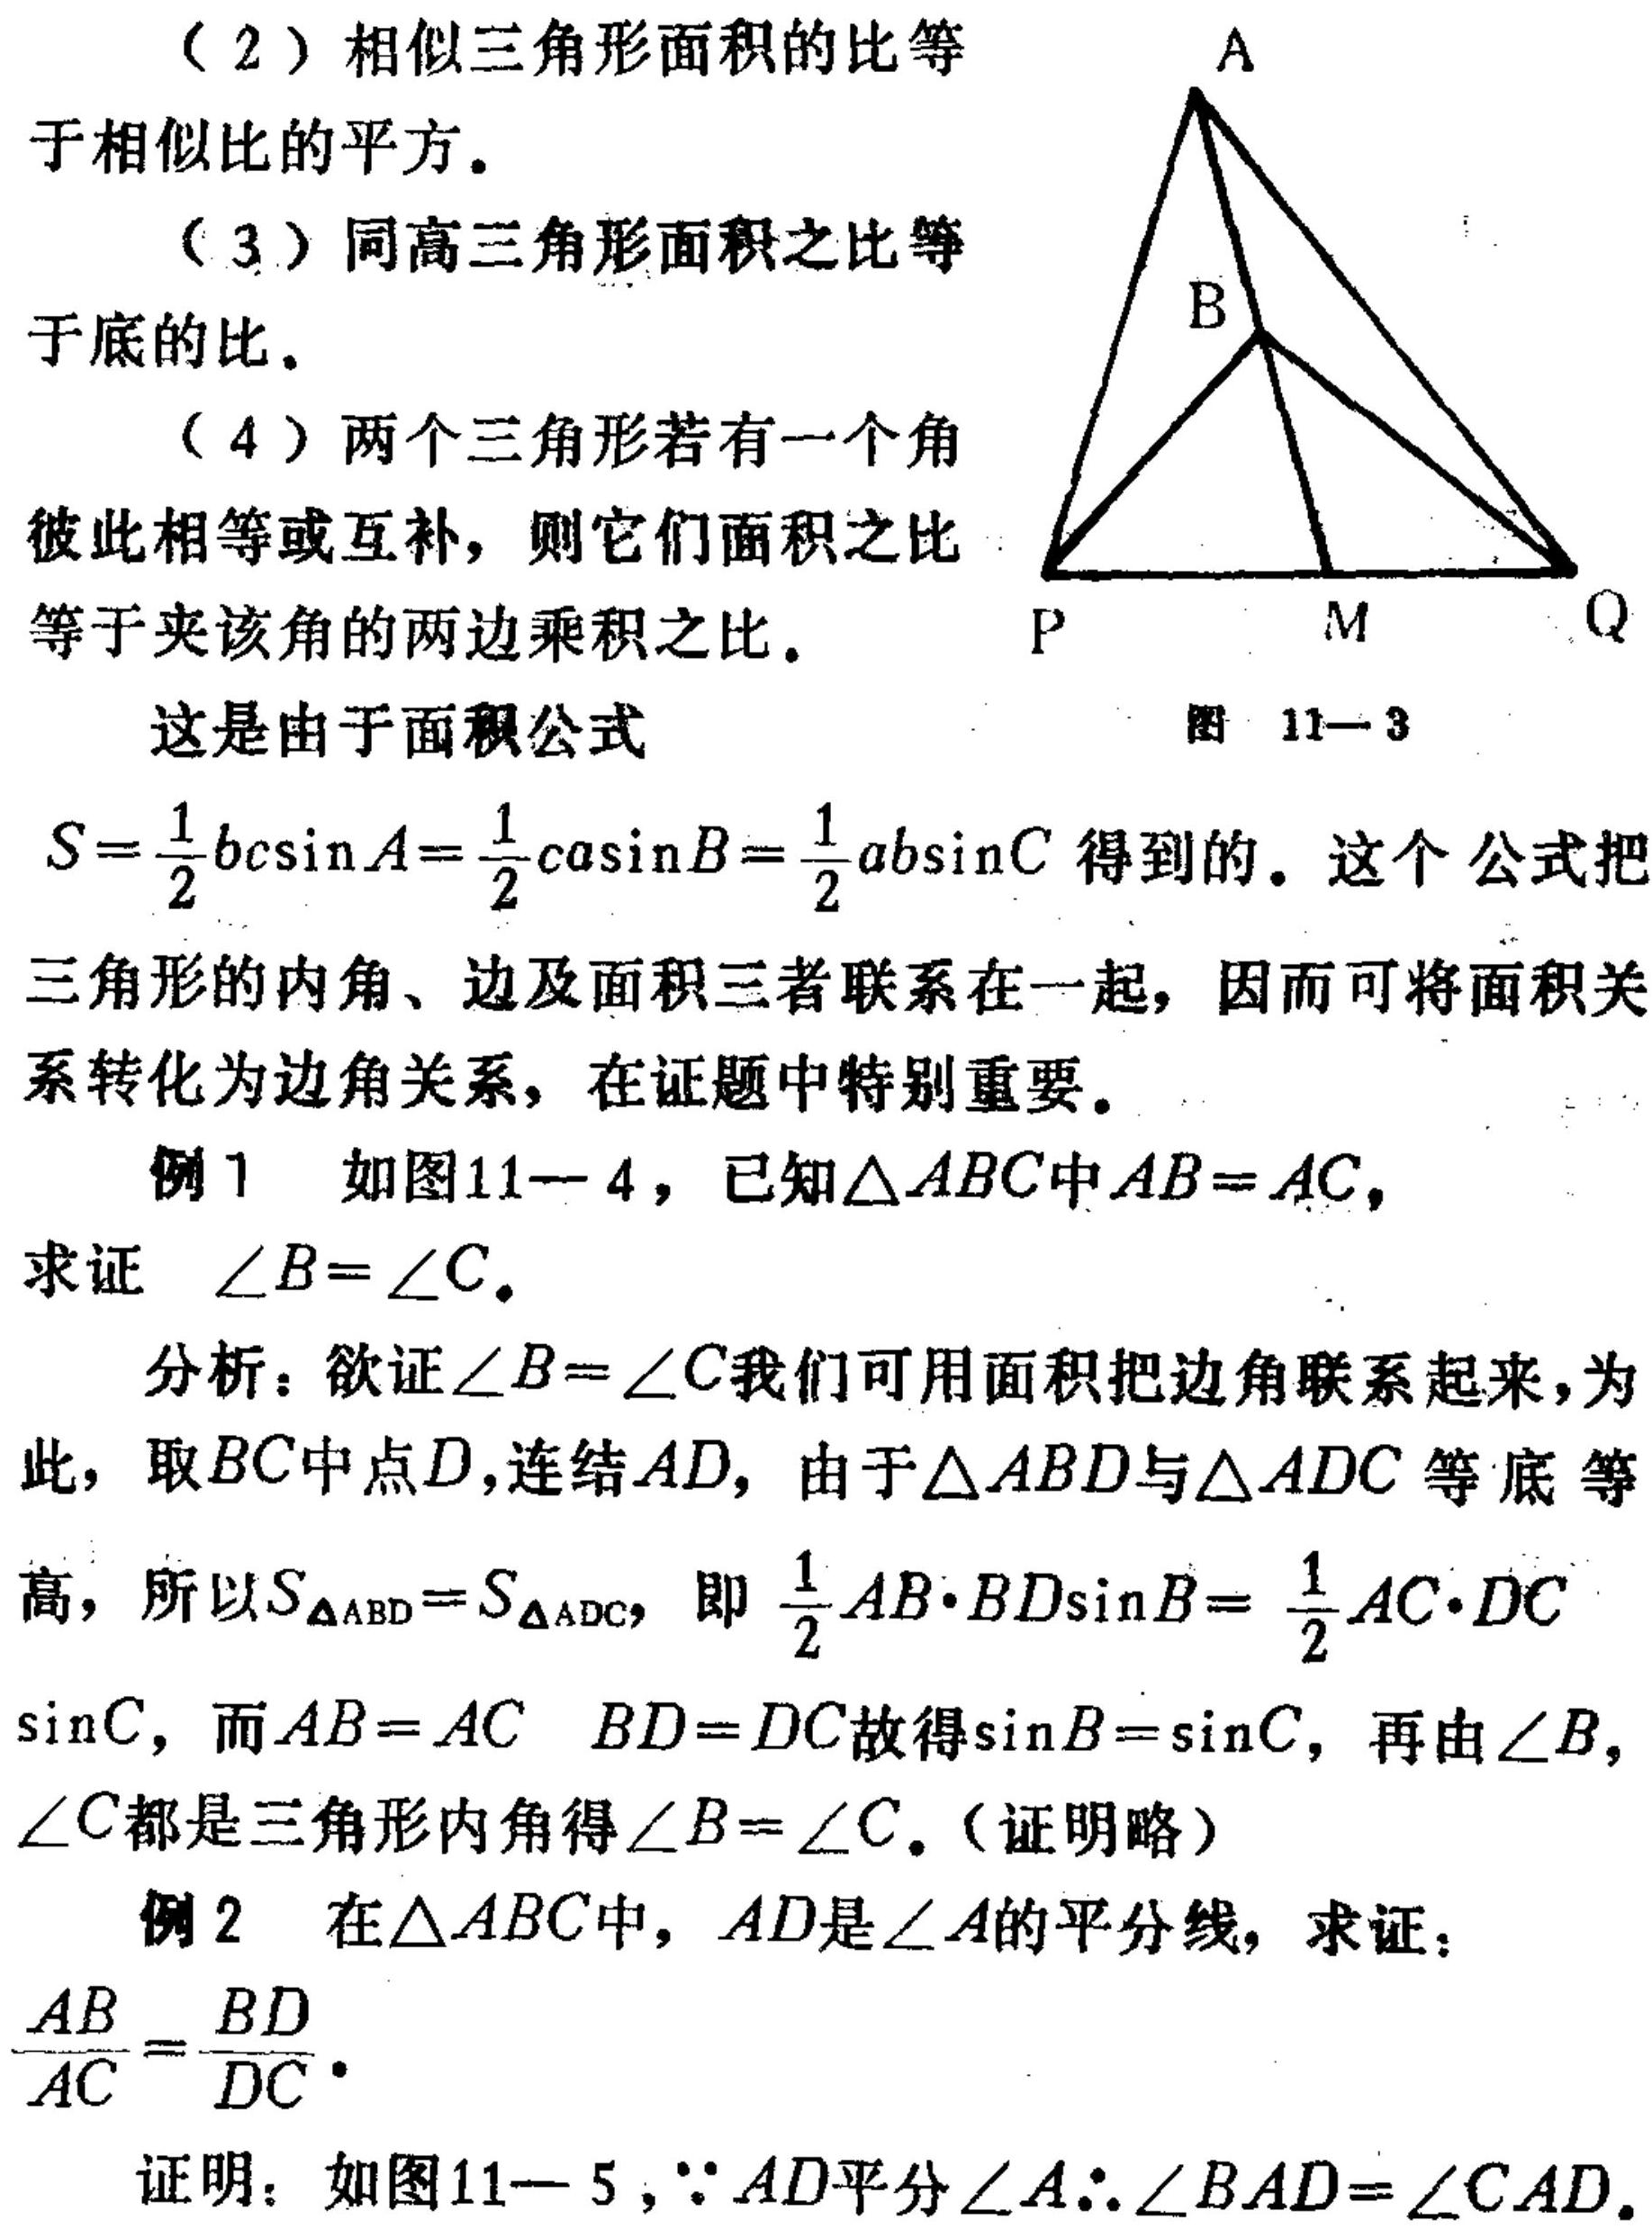
（2）相似三角形面积的比等于相似比的平方。
（3）同高三角形面积之比等于底的比。
（4）两个三角形若有一个角彼此相等或互补，则它们面积之比等于夹该角的两边乘积之比。
这是由于面积公式 \(S = \frac{1}{2}bc\sin A=\frac{1}{2}ca\sin B=\frac{1}{2}ab\sin C\) 得到的。这个公式把三角形的内角、边及面积三者联系在一起，因而可将面积关系转化为边角关系，在证题中特别重要。
例1 如图11--4，已知\(\triangle ABC\)中\(AB = AC\)，
求证 \(\angle B=\angle C\)。
分析：欲证\(\angle B = \angle C\)我们可用面积把边角联系起来，为此，取\(BC\)中点\(D\)，连结\(AD\)，由于\(\triangle ABD\)与\(\triangle ADC\)等底等高，所以\(S_{\triangle ABD}=S_{\triangle ADC}\)，即\(\frac{1}{2}AB\cdot BD\sin B = \frac{1}{2}AC\cdot DC\sin C\)，而\(AB = AC\) \(BD = DC\)故得\(\sin B=\sin C\)，再由\(\angle B\)，\(\angle C\)都是三角形内角得\(\angle B=\angle C\)。（证明略）
例2 在\(\triangle ABC\)中，\(AD\)是\(\angle A\)的平分线，求证：\(\frac{AB}{AC}=\frac{BD}{DC}\)。
证明：如图11—5，\(\because AD\)平分\(\angle A\therefore\angle BAD = \angle CAD\)。